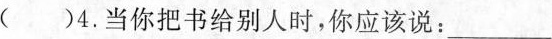
( )4.当你把书给别人时，你应该说：___